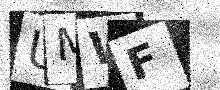
Text: UMWF